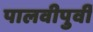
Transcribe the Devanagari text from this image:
पालवीपुर्वी